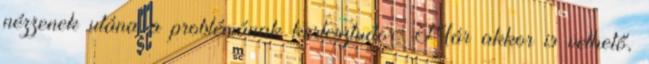
nézzenek utána a problémának kertesztudor: Már akkor is vethető,